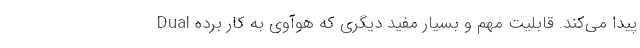
پیدا می‌کند. قابلیت مهم و بسیار مفید دیگری که هوآوی به کار برده Dual